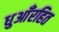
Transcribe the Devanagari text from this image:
धुआँरहित